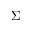
\Sigma